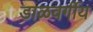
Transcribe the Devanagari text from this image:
डाळवर्गीय